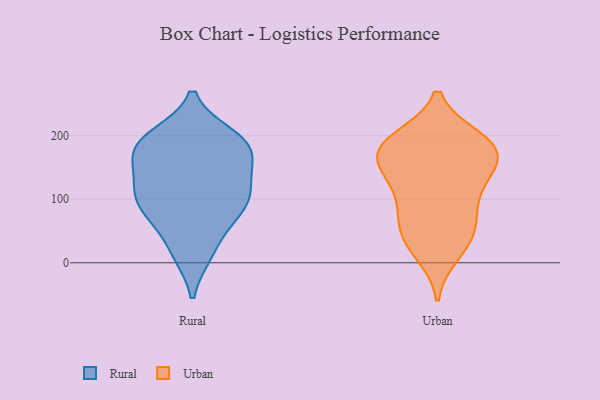
{"axis": {"x": "Tickets Resolved", "y": "Value"}, "legend": ["Rural", "Urban"], "data": [{"x": "", "y": 16, "type": "Rural"}, {"x": "", "y": 167, "type": "Rural"}, {"x": "", "y": 81, "type": "Rural"}, {"x": "", "y": 65, "type": "Rural"}, {"x": "", "y": 17, "type": "Rural"}, {"x": "", "y": 103, "type": "Rural"}, {"x": "", "y": 187, "type": "Rural"}, {"x": "", "y": 191, "type": "Rural"}, {"x": "", "y": 150, "type": "Rural"}, {"x": "", "y": 198, "type": "Rural"}, {"x": "", "y": 114, "type": "Rural"}, {"x": "", "y": 82, "type": "Rural"}, {"x": "", "y": 105, "type": "Rural"}, {"x": "", "y": 149, "type": "Rural"}, {"x": "", "y": 111, "type": "Rural"}, {"x": "", "y": 187, "type": "Rural"}, {"x": "", "y": 188, "type": "Rural"}, {"x": "", "y": 180, "type": "Urban"}, {"x": "", "y": 194, "type": "Urban"}, {"x": "", "y": 187, "type": "Urban"}, {"x": "", "y": 36, "type": "Urban"}, {"x": "", "y": 16, "type": "Urban"}, {"x": "", "y": 188, "type": "Urban"}, {"x": "", "y": 140, "type": "Urban"}, {"x": "", "y": 140, "type": "Urban"}, {"x": "", "y": 81, "type": "Urban"}, {"x": "", "y": 171, "type": "Urban"}, {"x": "", "y": 60, "type": "Urban"}, {"x": "", "y": 154, "type": "Urban"}, {"x": "", "y": 182, "type": "Urban"}, {"x": "", "y": 86, "type": "Urban"}, {"x": "", "y": 118, "type": "Urban"}, {"x": "", "y": 38, "type": "Urban"}]}